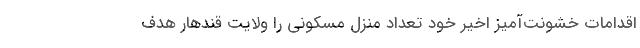
اقدامات خشونت‌آمیز اخیر خود تعداد منزل مسکونی را ولایت قندهار هدف